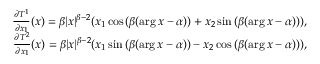
\begin{array} { r } { \frac { \partial T ^ { 1 } } { \partial x _ { 1 } } ( x ) = \beta | x | ^ { \beta - 2 } ( x _ { 1 } \cos { ( \beta ( \arg x - \alpha ) ) } + x _ { 2 } \sin { ( \beta ( \arg x - \alpha ) ) } ) , } \\ { \frac { \partial T ^ { 2 } } { \partial x _ { 1 } } ( x ) = \beta | x | ^ { \beta - 2 } ( x _ { 1 } \sin { ( \beta ( \arg x - \alpha ) ) } - x _ { 2 } \cos { ( \beta ( \arg x - \alpha ) ) } ) , } \end{array}